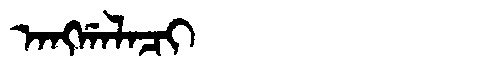
Manchu: ᠠᠩᡤᠠᠯᠠᠴᡳ
Romanization: ANGGALACI